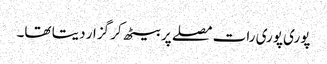
پوری پوری رات مصلے پر بیٹھ کر گزار دیتا تھا۔